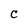
Character: C